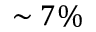
\sim 7 \%